system: You are a helpful assistant.
user:
Analyze the provided spectrum to determine if it is a **"Cataclysmic Variables (CV)"**.

- **Key Indicators for CV (Check for either state):**
    - **State 1: Quiescent / Low-State (Emission-Dominated)**
        - **(Primary):** Strong and *very broad* Hydrogen Balmer emission lines (e.g., $H\alpha$ at 6563 Å, $H\beta$ at 4861 Å). The 'broadness' (high velocity dispersion, often FWHM > 1000 km/s) is the key diagnostic, indicating a high-velocity accretion disk.
        - **(Secondary):** Broad neutral Helium (He I) emission lines (e.g., 5876 Å, 6678 Å).
        - **(Key Confirmation):** Presence of high-excitation *ionized* Helium (He II) emission at 4686 Å. This is a strong indicator of accretion onto a white dwarf.
        - **(Line Profile):** Emission lines may exhibit a 'double-peaked' profile, which is a classic signature of a rotating accretion disk viewed at high inclination.

    - **State 2: Outburst / High-State (Absorption-Dominated)**
        - **(Primary):** Spectrum is dominated by a bright, blue continuum (looks like a hot star).
        - **(Secondary):** The emission lines from State 1 are weak, absent, or 'filled in', and are replaced by broad, shallow *absorption* lines (primarily Balmer and He I).
        - **(Morphology):** The overall spectrum mimics a hot B/A-type star. The crucial difference is that the absorption lines are significantly broader, shallower, and more 'washed-out' (or 'smeared') than the sharp lines of a normal stellar photosphere, due to high rotational speeds and pressure broadening in the disk.

Think first, call **spectral_visualization_tool** if needed to examine features in detail, then provide your final answer. Your response must adhere to the following strict rules:
1.  **Overall Structure:** Your response must follow the format `<think>...</think> <tool_call>...</tool_call> (if a tool is used) <answer>...</answer>`.
2.  **Tool Usage Constraint:** You may only make **one** tool call per turn.
3.  **Final Answer Format:** In the `<answer>` tag, your conclusion must be inside a `\boxed{}` command (e.g., `\boxed{YES}`), followed by your justification.

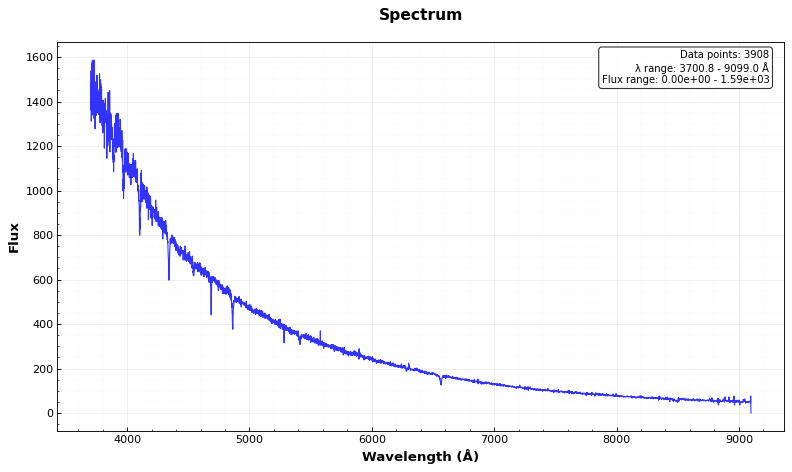
Answer: NO